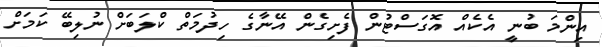
އިންމަ ބުނީ އެކެއް އޮގަސްޓުން ފެށިގެން އޭނާގެ ހިދުމަތް ކްލަބަށް ނުލިބޭ ކަމަށް